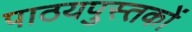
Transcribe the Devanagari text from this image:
पाठयपुस्तकों